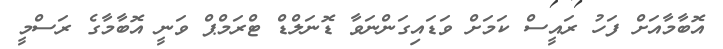
އޮބާމާއަށް ފަހު ރައީސް ކަމަށް ވަޑައިގަންނަވާ ޑޮނަލްޑް ޓްރަމްޕް ވަނީ އޮބާމާގެ ރަސްމީ